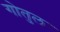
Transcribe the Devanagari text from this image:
गोतुल